Vaccination North-Western Provinces and Oudh 1878-1895 - 1878-1895
Year: 1878
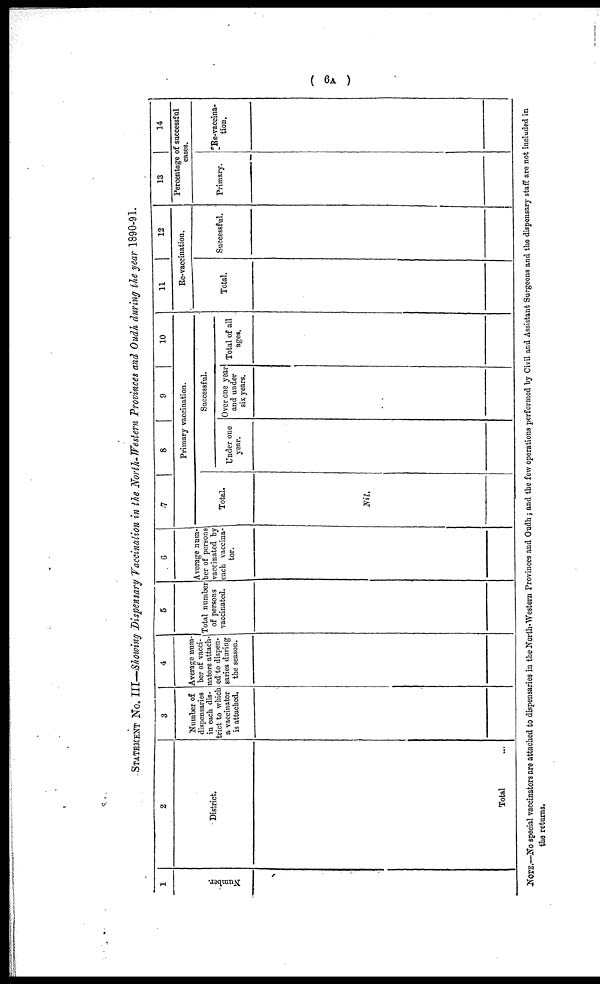
( 6A )
STATEMENT No. III—Showing Dispensary Vaccination in the North-Western Provinces and Oudh during the year 1890-91.
1
Number.
2
District.
Total
3
Number of
dispensaries
in each dis-
trict to which
a vaccinator
is attached.
4
Average num-
ber of vacci¬
nators attach-
ed to dispen-
saries during
the season.
5
Total number
of persons
vaccinated.
6
Average num-
ber of persons
vaccinated by
each vaccina-
tor.
7
8
9
10
Primary vaccination.
Total.
Nil.
Successful.
Under one
year.
Over one year
and under
six years.
Total of all
ages.
11
12
Re-vaccination.
Total.
Successful.
13
14
Percentage of successful
cases.
Primary.
Re-vaccina-
tion.
NOTE.—No special vaccinators are attached to dispensaries in the North-Western Provinces and Oudh; and the few operations performed by Civil and Assistant Surgeons and the dispensary staff are not included in
the returns.